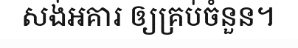
សង់អគារ ឲ្យគ្រប់ចំនួន។